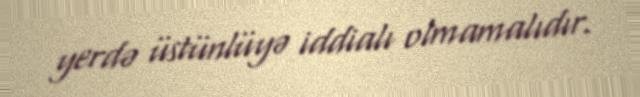
yerdə üstünlüyə iddialı olmamalıdır.